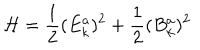
{ \cal H } = \frac 1 2 ( E _ { k } ^ { a } ) ^ { 2 } + \frac 1 2 ( B _ { k } ^ { a } ) ^ { 2 }